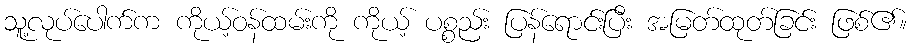
သူ့လုပ်ပေါက်က ကိုယ့်ဝန်ထမ်းကို ကိုယ့် ပစ္စည်း ပြန်ရောင်းပြီး အမြတ်ထုတ်ခြင်း ဖြစ်၏။